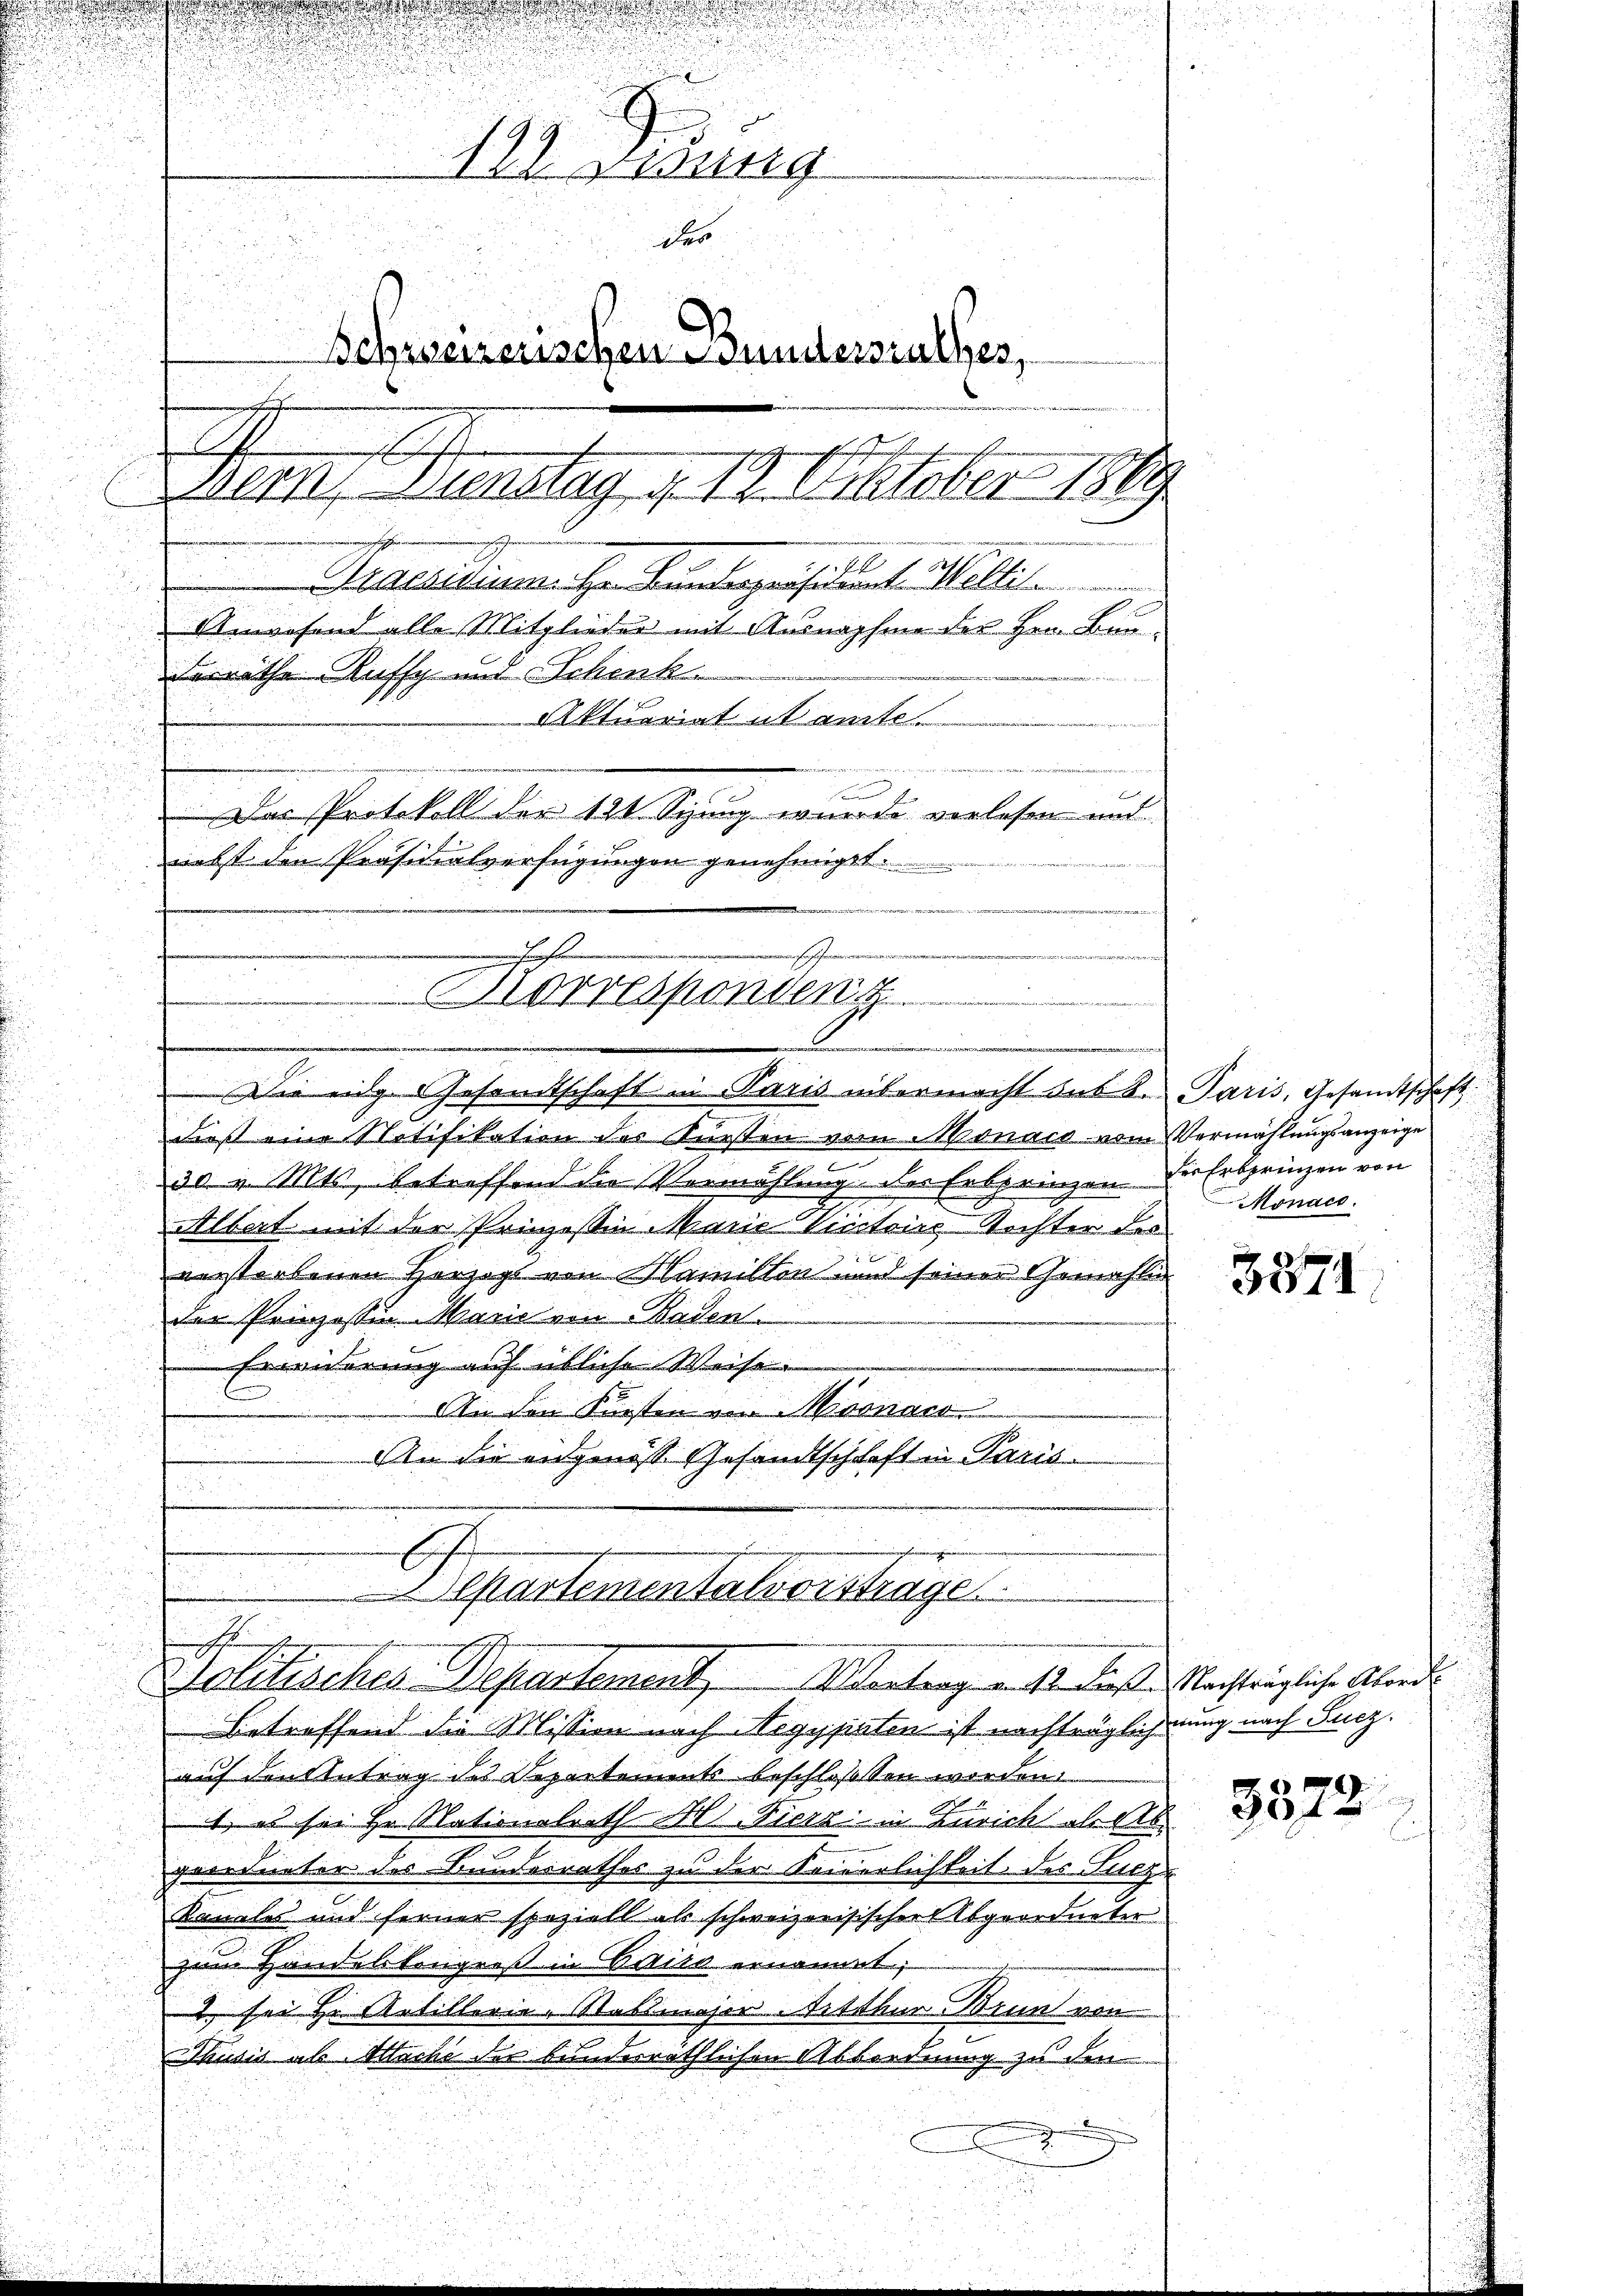
wung
des
Schreizerischen Bundersrathes,
n
mengesch
Bern, Bunstag u. 19. Oktober 1889
Maesidium. Hr. Kanlegenstaunt erstelle
.
Unwesend alle Mitglieder mit Ausnahme der Hrn. Bauderrathe Auffy und Schenk

Aktuariat ab amte

.

Das Protokoll der 191 Spung wurde verlesen und
nebst den Präsidialverfügungen genehmigt.

a
sommen
hiechen
Morresponsen
.
 Die eige Gesandtschaft in Paris intermacht sub S. Paris, Gesandtschaft

dieß eine Notifikation der Kunsten von Monach vom Vermählungsanzeige
.
30 v. Mts., betreffend die Vermählung der Erbprinzen der Erbprinzen von
Albert mit der Prinzeßin Marie Victoirs Richter die
f
verstorbenen Herzogs von Hamilton und seiner Gemahlin
der Prinzessin Marie von Baden.
Erwiderung auf übliche Weise
 An den Fürsten von Misonard
e
An die eidgenosse Gesandtschchaft in Paris

2.
Betreffend die Mission nach Aegypaten ist nachträglichnung nach Sucz.
auf den Antrag des Departements beschlossen worden
4, es sei Hr. Stationalrath Al. Fierz in Zürich aber
geordneter des Bunderrathes zu der Seinerlichkeit des Fucz
Kanales und ferner speziell als schweizerisischer Abgeordneter
zum Handelstangreß in Saile ernannt;
2 sei Hr. Artillerie-Rasmajor Artthur. Brun von
husić als Mache der bundesräthlichen Absordnung zu den

epartementalvorstrage
Solitischer-Departement. Vertrag auf diese Nachträgliche Abende

Monaco.

3874.

3572